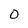
Character: 0